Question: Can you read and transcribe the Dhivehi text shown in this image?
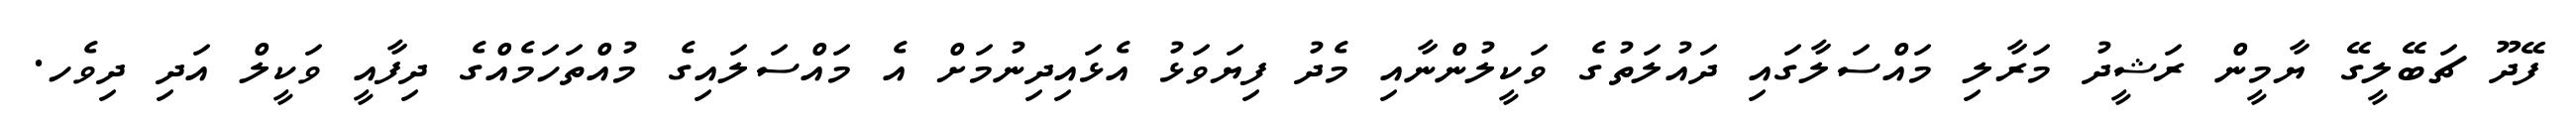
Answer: ފޭދޫ ޗަބޭލީގޭ ޔާމީން ރަޝީދު މަރާލި މައްސަލާގައި ދައުލަތުގެ ވަކީލުންނާއި މެދު ފިޔަވަޅު އެޅައިދިނުމަށް އެ މައްސަލައިގެ މުއްތަހަމެއްގެ ދިފާއީ ވަކީލް އަދި ދިވެހ.